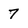
Character: 7